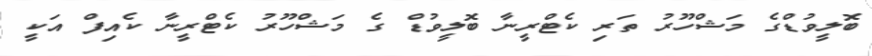
ބޮލީވުޑްގެ މަޝްހޫރު ތަރި ކެޓްރީނާ ބޮލީވުޑް ގެ މަޝްހޫރު ކެޓްރީނާ ކެއިފް އަކީ